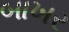
બાખર